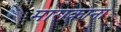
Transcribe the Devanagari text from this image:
माराकाना